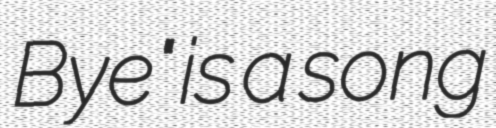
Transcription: Bye" is a song